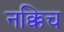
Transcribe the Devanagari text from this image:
नक्किच